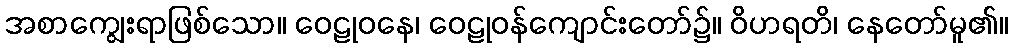
အစာကျွေးရာဖြစ်သော။ ဝေဠုဝနေ၊ ဝေဠုဝန်ကျောင်းတော်၌။ ဝိဟရတိ၊ နေတော်မူ၏။